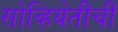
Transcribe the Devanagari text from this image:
सोव्हियेतीची